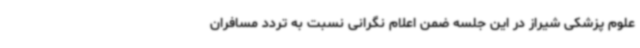
علوم پزشکی شیراز در این جلسه ضمن اعلام نگرانی نسبت به تردد مسافران